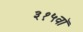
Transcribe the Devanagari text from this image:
३१५वॉ